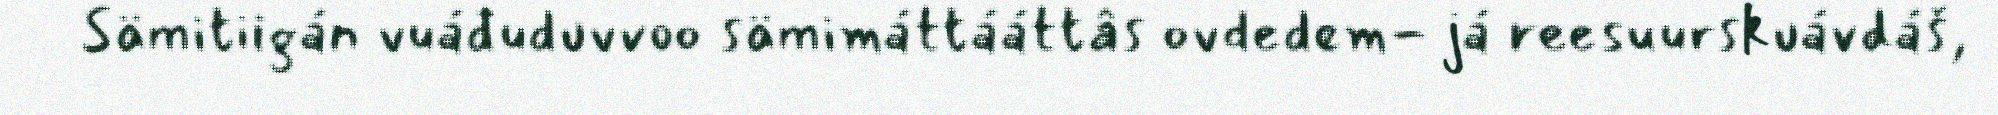
Sämitiigán vuáđuduvvoo sämimáttááttâs ovdedem- já reesuurskuávdáš,